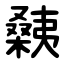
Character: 㯩